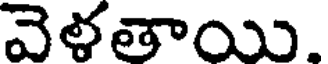
వెళతాయి.